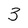
Character: 3